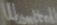
Text: UControl